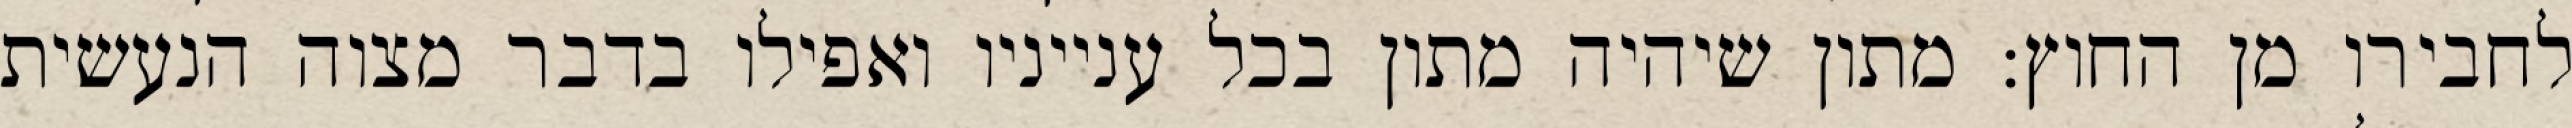
לחבירו מן החוץ: מתון שיהיה מתון בכל ענייניו ואפילו בדבר מצוה הנעשית